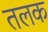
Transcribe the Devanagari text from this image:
तलक